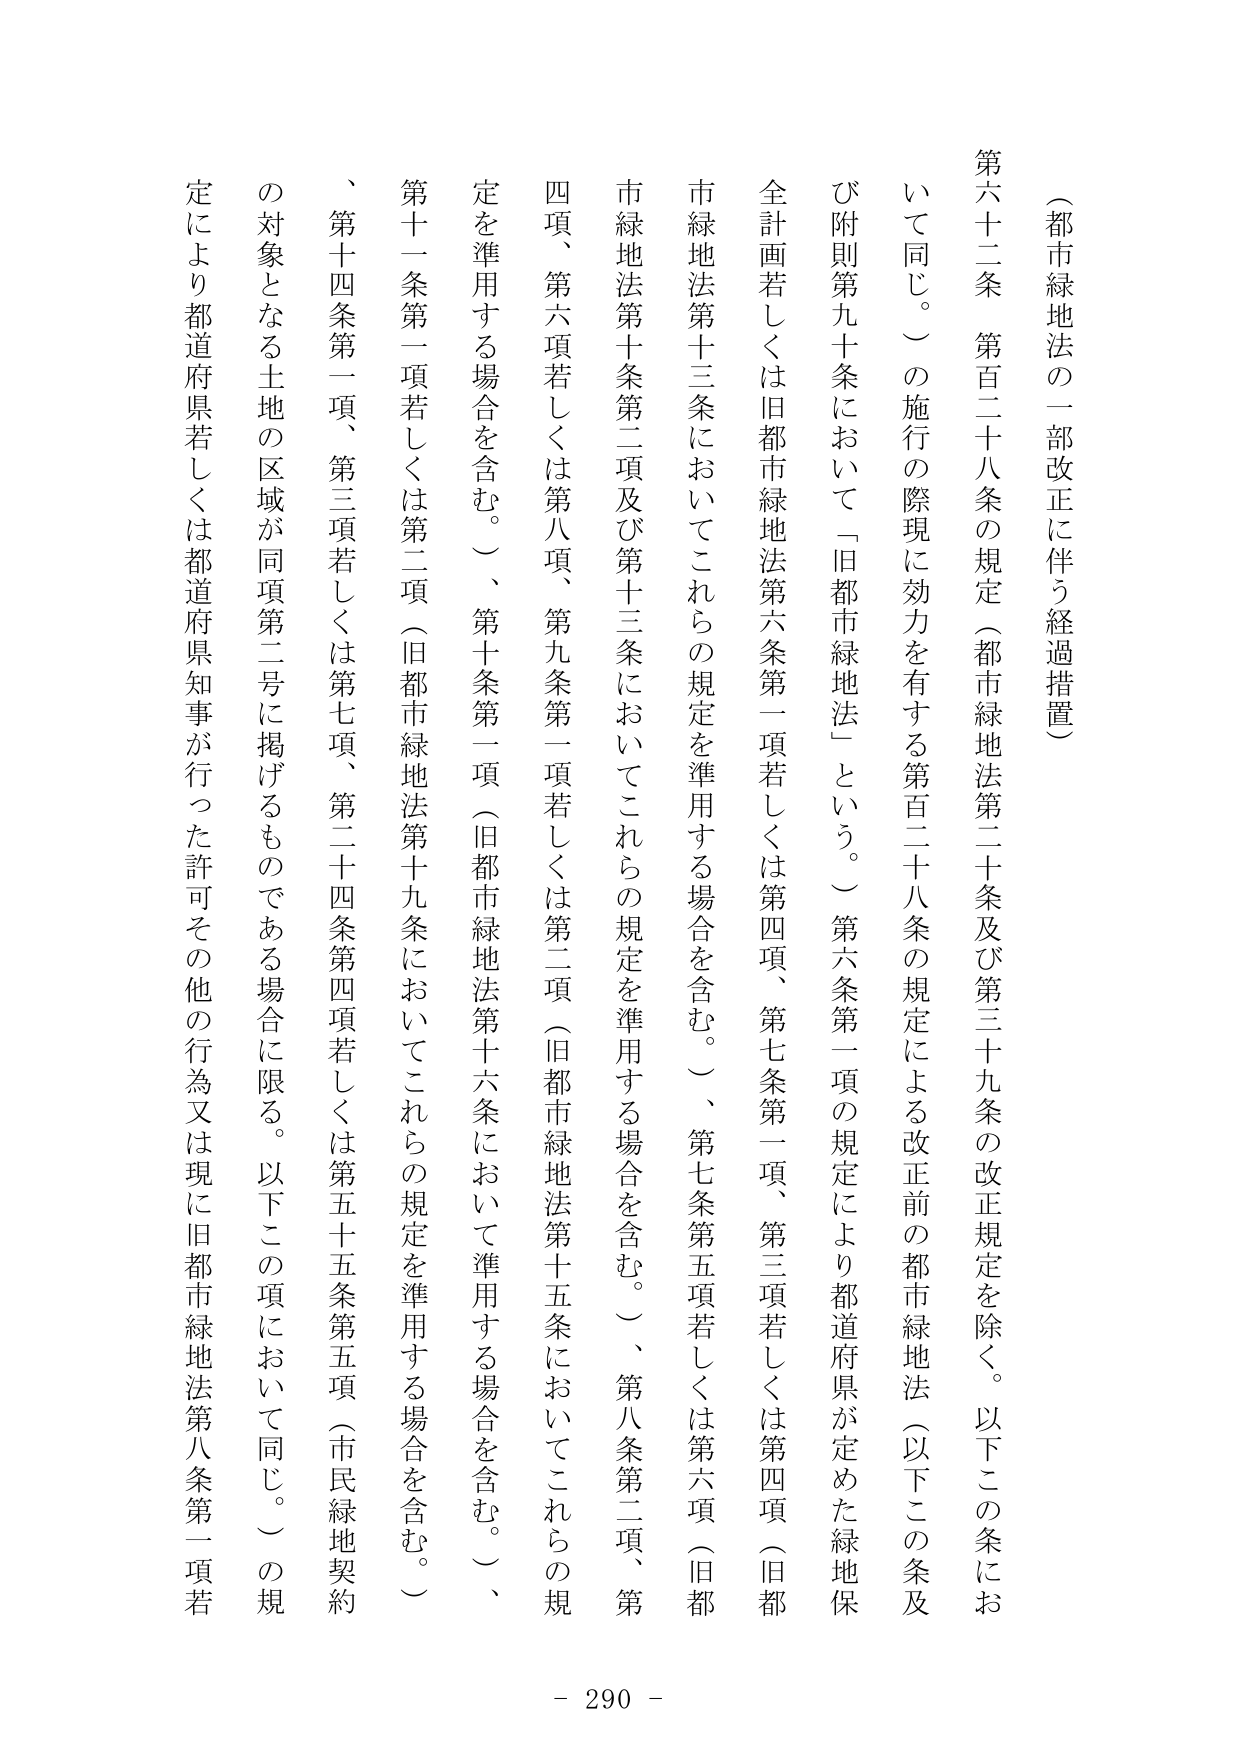
（都市緑地法の一部改正に伴う経過措置）

第六十二条　第百二十八条の規定（都市緑地法第二十条及び第三十九条の改正規定を除く。以下この条において同じ。）の施行の際現に効力を有する第百二十八条の規定による改正前の都市緑地法（以下この条及び附則第九十条において「旧都市緑地法」という。）第六条第一項の規定により都道府県が定めた緑地保全計画若しくは旧都市緑地法第六条第一項若しくは第四項、第七条第一項、第三項若しくは第四項（旧都市緑地法第十三条においてこれらの規定を準用する場合を含む。）、第七条第五項若しくは第六項（旧都市緑地法第十条第二項及び第十三条においてこれらの規定を準用する場合を含む。）、第八条第二項、第四項、第六項若しくは第八項、第九条第一項若しくは第二項（旧都市緑地法第十五条においてこれらの規定を準用する場合を含む。）、第十条第一項（旧都市緑地法第十六条において準用する場合を含む。）、第十一条第一項若しくは第二項（旧都市緑地法第十九条においてこれらの規定を準用する場合を含む。）、第十四条第一項、第三項若しくは第七項、第二十四条第四項若しくは第五十五条第五項（市民緑地契約の対象となる土地の区域が同項第二号に掲げるものである場合に限る。以下この項において同じ。）の規定により都道府県若しくは都道府県知事が行った許可その他の行為又は現に旧都市緑地法第八条第一項若

- 290 -